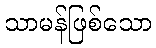
သာမန်ဖြစ်သော